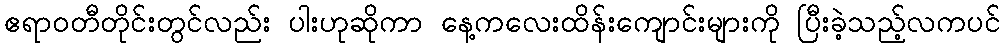
ဧရာဝတီတိုင်းတွင်လည်း ပါးဟုဆိုကာ နေ့ကလေးထိန်းကျောင်းများကို ပြီးခဲ့သည့်လကပင်